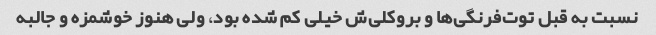
نسبت به قبل توت‌فرنگی‌ها و بروکلی‌ش خیلی کم شده بود، ولی هنوز خوشمزه و جالبه